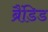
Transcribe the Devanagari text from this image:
ब्रैंडिड